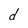
Character: d